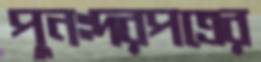
পুনঃদরপত্রের